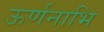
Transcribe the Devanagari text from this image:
ऊर्णनाभि